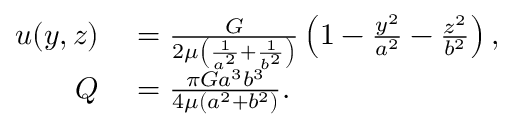
\begin{array} { r l } { u ( y , z ) } & { { } = { \frac { G } { 2 \mu \left( { \frac { 1 } { a ^ { 2 } } } + { \frac { 1 } { b ^ { 2 } } } \right) } } \left( 1 - { \frac { y ^ { 2 } } { a ^ { 2 } } } - { \frac { z ^ { 2 } } { b ^ { 2 } } } \right) , } \\ { Q } & { { } = { \frac { \pi G a ^ { 3 } b ^ { 3 } } { 4 \mu ( a ^ { 2 } + b ^ { 2 } ) } } . } \end{array}